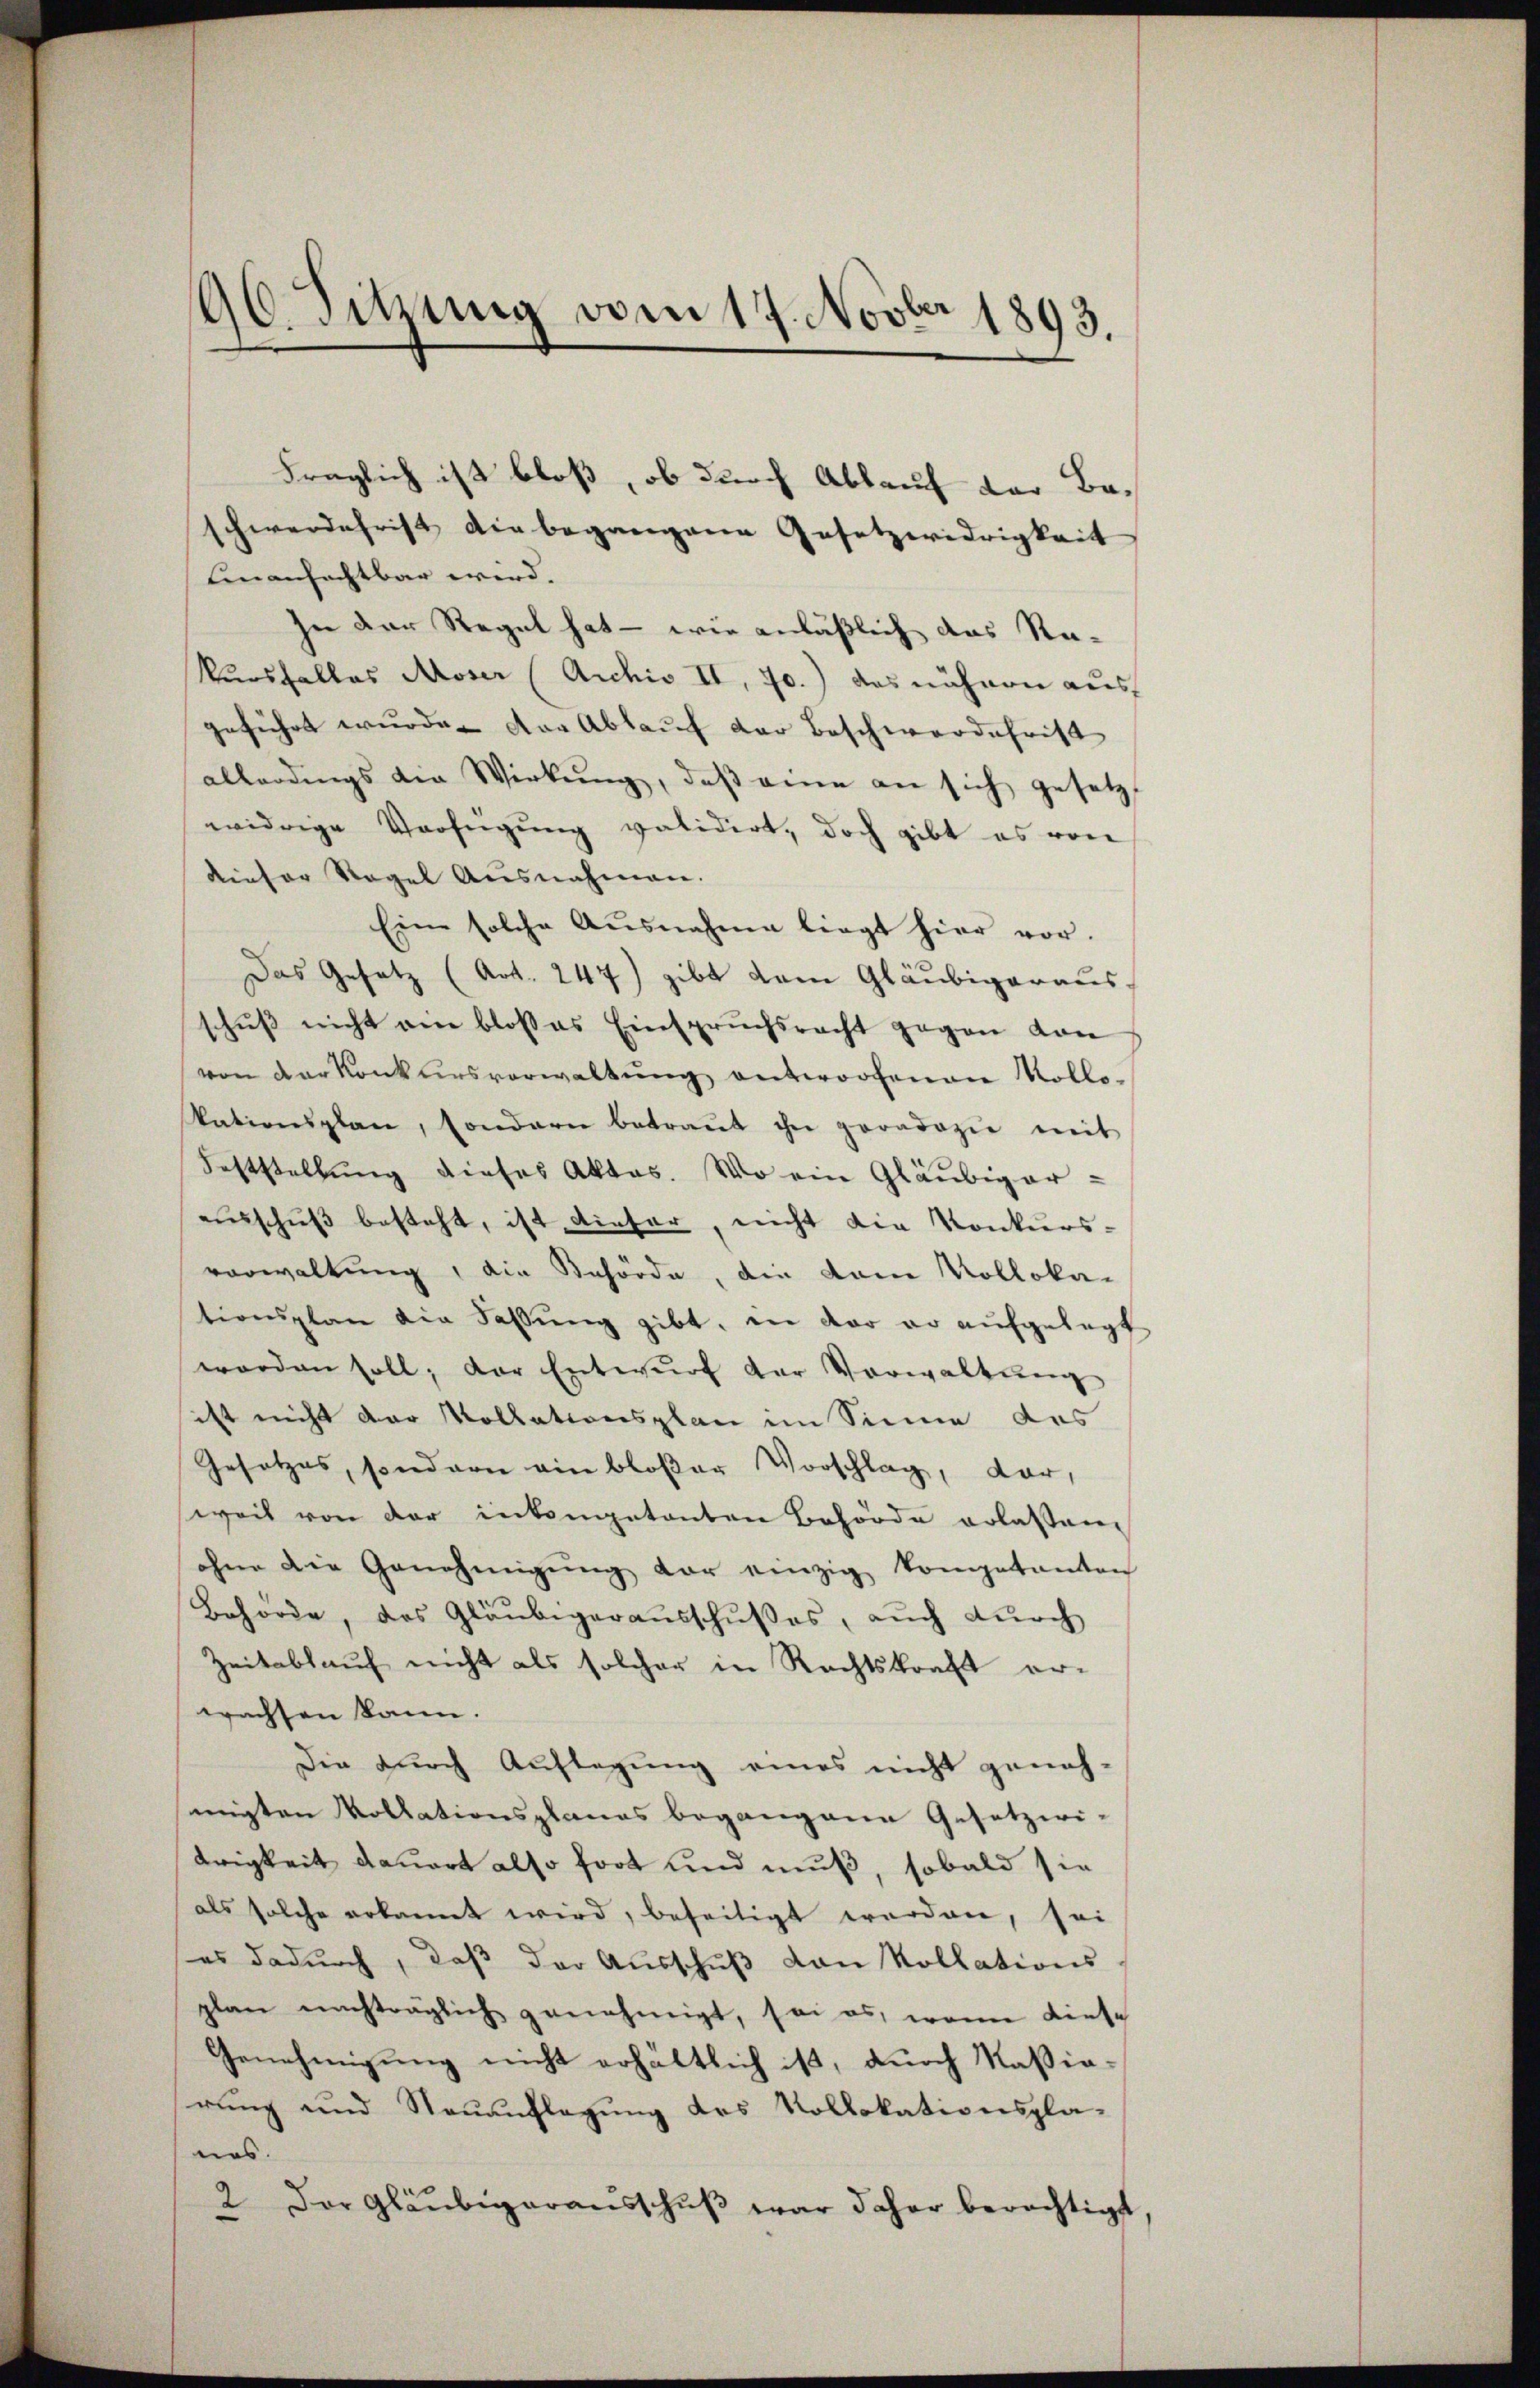
96. Sitzung vom 17. Novber 1893.

Fraglich ist bloß, ob durch Ablauf der Beschwerdefrist die begangene Gesetzwidrigkeit
Einanfechtbar wird.
In der Regel hat — wie anläßlich das Re-
Kursfalles Moser (Archiv II, 70.) das nähren aus
geführt wurde. Der Ablauf der Beschwerdehrist
allerdings die Wirkung, daβ eine an sich gesetzt
widrige Verfügung validirt, doch gibt es von
dieser Regel Ausnahmen.
Eine solche Ausnahme liegt hier vor.
Das Gesetz (Art. 247) gibt dem Gläubigeraus,
schŭβ nicht ein bloses Einspruchsrecht gegen von
von der Konkursverwaltŭng antworfenen Kollo-
kationsplan, sondern betraŭt ihn proadozie mit
Feststellung dieses Aktes. Wo ein Gläubiger-
einschŭβ besteht, ist dieser, nicht die Konkurs-
vorwaltung, die Behörde, die kam Kollokationsplan die Fassŭng gibt, in der er aŭfgelegt
worden soll; der Entwŭrf der Vorwaltŭng
ist nicht der Kollationsplan im Sinne des
Gesetzes, sondern ein bloßer Vorschlag, dar,
weil von der inkonetonten Behörde erlassen,
ohne die Genehmigŭng vor einzig kompetanten
Behörde, das Gläubigerausschußes, auch durch
Zeitablauf nicht als solcher in Rechtskraft erwachsen kann.
Die durch Auflegung eines nicht geneh-
migten Vollationsplanes begangene Gesetzwi-
drigkeit dauert also fort und muß, sobald sie
als solche erkannt wird, beseitigt worden, sei
es dadurch, daß der Ausschuß von Kollations
plan nachträglich genehmigt, sei es, wenn diese
Genehmigung nicht erhältlich ist, durch Naßiorŭng und Neuanflagung des Kollokationspla-
nes.
2. Der Gläubigeraŭsschŭβ war daher berechtigt